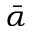
\bar { \alpha }